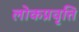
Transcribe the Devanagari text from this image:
लोकप्रवृत्ति